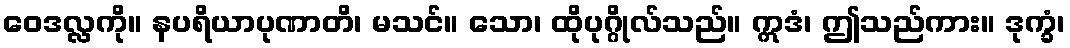
ဝေဒလ္လကို။ နပရိယာပုဏာတိ၊ မသင်။ သော၊ ထိုပုဂ္ဂိုလ်သည်။ ဣဒံ၊ ဤသည်ကား။ ဒုက္ခံ၊